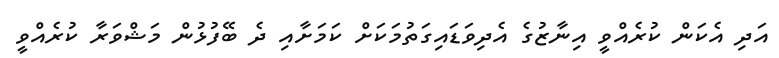
އަދި އެކަން ކުރެއްވީ އިނާޒުގެ އެދިވަޑައިގަތުމަކަށް ކަމަށާއި ދެ ބޭފުޅުން މަޝްވަރާ ކުރެއްވީ